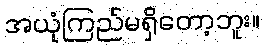
အယုံကြည်မရှိတော့ဘူး။